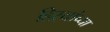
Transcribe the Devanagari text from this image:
हिऱ्यांच्या